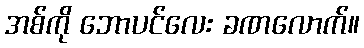
အစ်ကို ဘောပင်လေး ခဏလောက်။